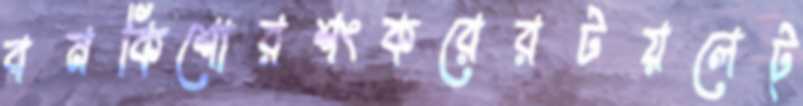
বনকিশোরশংকরেরটয়লেট্